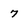
Character: 7